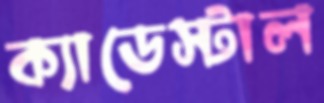
ক্যাডেস্টাল